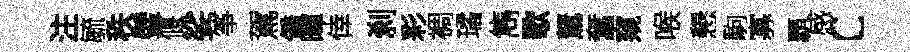
注毓秩璧偃娑筝駕僑暉倖刹彩裯璚雋歜駑奮窺喉懇駒寡覇感c